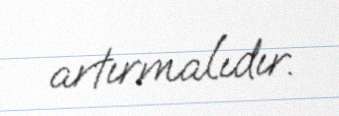
artırmalıdır.